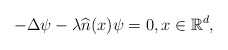
\begin{align*} -\Delta \psi - \lambda \widehat{n}(x)\psi =0,x \in \mathbb R^d,\end{align*}